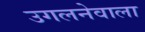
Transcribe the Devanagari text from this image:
उगलनेवाला